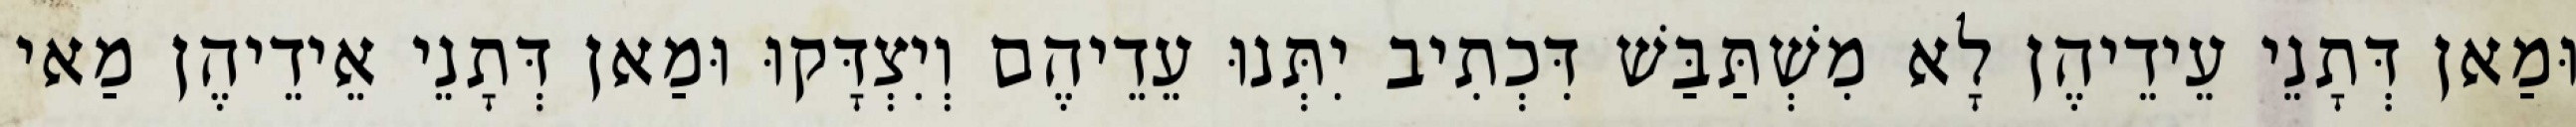
וּמַאן דְּתָנֵי עֵידֵיהֶן לָא מִשְׁתַּבַּשׁ דִּכְתִיב יִתְּנוּ עֵדֵיהֶם וְיִצְדָּקוּ וּמַאן דְּתָנֵי אֵידֵיהֶן מַאי